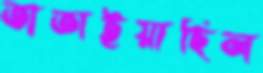
তাতাইয়াছিল